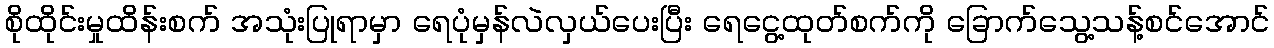
စိုထိုင်းမှုထိန်းစက် အသုံးပြုရာမှာ ရေပုံမှန်လဲလှယ်ပေးပြီး ရေငွေ့ထုတ်စက်ကို ခြောက်သွေ့သန့်စင်အောင်